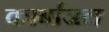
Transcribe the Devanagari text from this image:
कार्बाजल